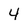
Character: 4